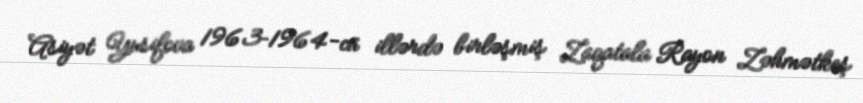
Asiyət Yusifova 1963–1964-cü illərdə birləşmiş Zaqatala Rayon Zəhmətkeş